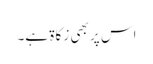
اس پر بھی زکاۃ ہے۔